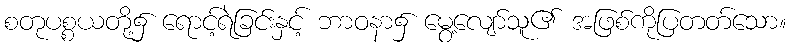
စတုပစ္စယတို့၌ ရောင့်ရဲခြင်းနှင့် ဘာဝနာ၌ မွေ့လျော်သူ၏ အဖြစ်ကိုပြတတ်သော။